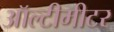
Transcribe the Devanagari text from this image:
ऑल्टीमीटर